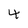
Character: 4